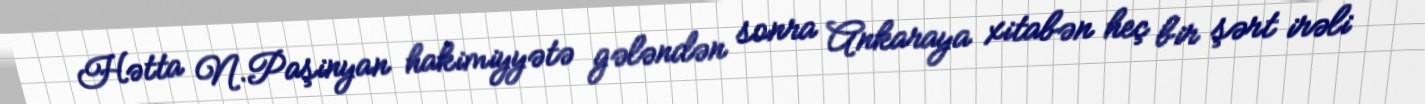
Hətta N.Paşinyan hakimiyyətə gələndən sonra Ankaraya xitabən heç bir şərt irəli